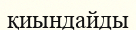
қиындайды